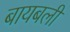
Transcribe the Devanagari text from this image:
बायबली